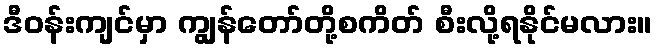
ဒီဝန်းကျင်မှာ ကျွန်တော်တို့စကိတ် စီးလို့ရနိုင်မလား။